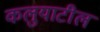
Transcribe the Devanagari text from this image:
कलुयाटील